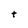
Character: t